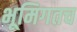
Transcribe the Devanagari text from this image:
भूमिगतच